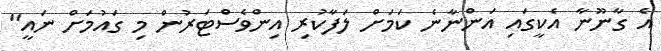
އެ ގާނޫނާ އެކީގައި އަންނާނެ ކަމަށް ލަފާކުރި އިންވެސްޓަރުން މި ގައުމަށް ނައީ"